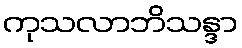
ကုသလာဘိသန္ဒာ